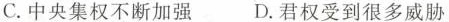
C.中央集权不断加强 D.君权受到很多威胁